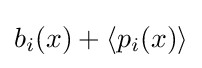
b_{i}(x)+\langle p_{i}(x)\rangle